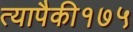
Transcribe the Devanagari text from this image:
त्यापैकी१७५